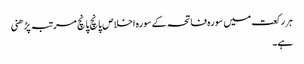
ہر رکعت میں سورہ فاتحہ کے سورہ اخلاص پانچ پانچ مرتبہ پڑھنی
ہے۔